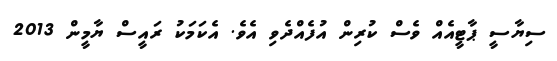
ސިޔާސީ ޕާޓީއެއް ވެސް ކުރިން އުފެއްދެވި އެވެ. އެކަމަކު ރައީސް ޔާމީން 2013